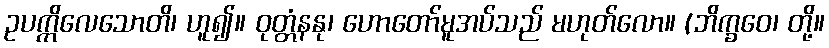
ဥပက္ကိလေသောတိ၊ ဟူ၍။ ဝုတ္တံနနု၊ ဟောတော်မူအပ်သည် မဟုတ်လော။ (ဘိက္ခဝေ၊ တို့။